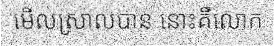
មើលស្រាលបាន នោះគឺលោក